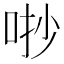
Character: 𠳕